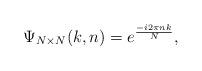
LaTeX: \begin{align*}\Psi_{N\times N}(k,n) = e^{\frac{-i2\pi nk}{N}} ,\end{align*}